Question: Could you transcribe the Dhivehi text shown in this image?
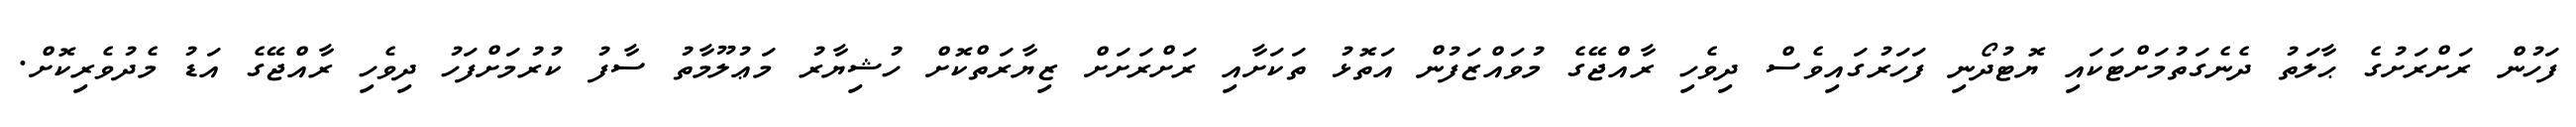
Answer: ފަހުން ރަށްރަށުގެ ޙާލަތު ދެނެގަތުމަށްޓަކައި ޔޮޓުދޯނި ފަހަރުގައިވެސް ދިވެހި ރާއްޖޭގެ މުވައްޒަފުން އަތޮޅު ތަކަށާއި ރަށްރަށަށް ޒިޔާރަތްކޮށް ހުޝިޔާރު މަޢުލޫމާތު ސާފު ކުރުމަށްފަހު ދިވެހި ރާއްޖޭގެ އަޑު މެދުވެރިކޮށް.